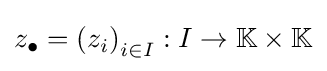
z_{\bullet }=\left(z_{i}\right)_{i\in I}:I\to \mathbb {K} \times \mathbb {K}